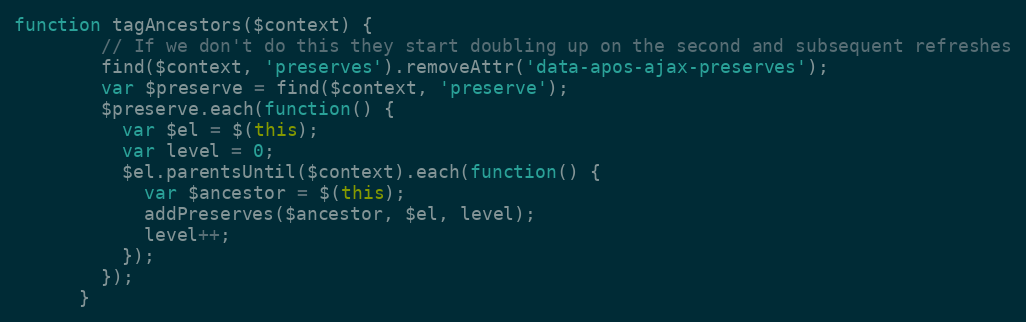
Language: JavaScript
function tagAncestors($context) {
        // If we don't do this they start doubling up on the second and subsequent refreshes
        find($context, 'preserves').removeAttr('data-apos-ajax-preserves');
        var $preserve = find($context, 'preserve');
        $preserve.each(function() {
          var $el = $(this);
          var level = 0;
          $el.parentsUntil($context).each(function() {
            var $ancestor = $(this);
            addPreserves($ancestor, $el, level);
            level++;
          });
        });
      }